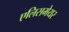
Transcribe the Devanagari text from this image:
एलिसमेयर